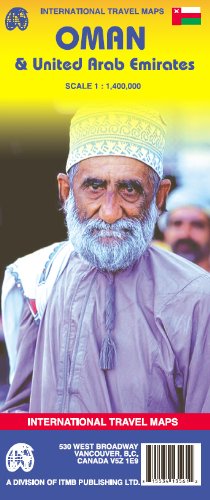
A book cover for Oman & United Arab Emirates 1:1,400,000 ***2007***; International Travel Maps and Books; Travel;